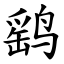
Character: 鹞